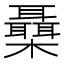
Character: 𣠞